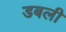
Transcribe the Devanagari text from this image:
डबली